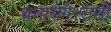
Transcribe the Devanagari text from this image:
बनायेगे।रानी